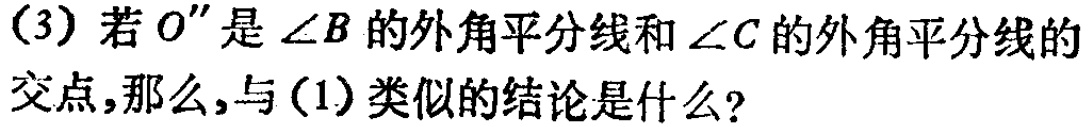
(3) 若 \(O''\) 是 \(\angle B\) 的外角平分线和 \(\angle C\) 的外角平分线的交点，那么，与(1)类似的结论是什么？